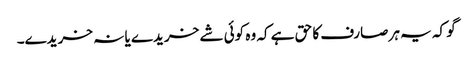
گو کہ یہ ہر صارف کا حق ہے کہ وہ کوئی شے خریدے یا نہ خریدے۔